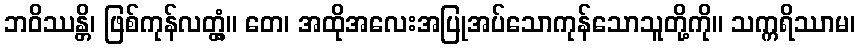
ဘဝိဿန္တိ၊ ဖြစ်ကုန်လတ္တံ့။ တေ၊ အထိုအလေးအပြုအပ်သောကုန်သောသူတို့ကို။ သက္ကရိဿာမ၊